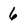
Character: 6